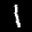
Label: 1